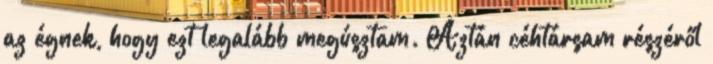
az égnek, hogy ezt legalább megúsztam. Aztán céhtársam részéről